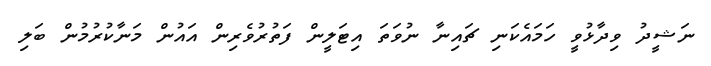
ނަޝީދު ވިދާޅުވީ ހަމައެކަނި ޗައިނާ ނުވަތަ އިޓަލީން ފަތުރުވެރިން އައުން މަނާކުރުމުން ބަލި